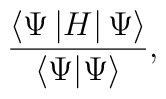
\frac{\langle \Psi \left| H\right| \Psi \rangle }{\langle \Psi |\Psi \rangle },